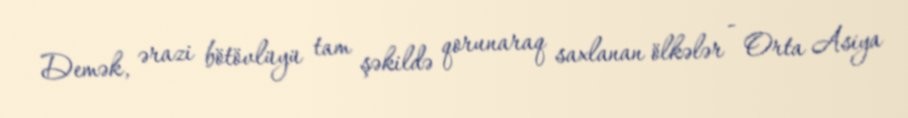
Demək, ərazi bötövlüyü tam şəkildə qorunaraq saxlanan ölkələr - Orta Asiya